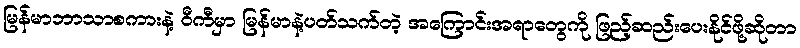
မြန်မာဘာသာစကားနဲ့ ဝီကီမှာ မြန်မာနဲ့ပတ်သက်တဲ့ အကြောင်းအရာတွေကို ဖြည့်ဆည်းပေးနိုင်ဖို့ဆိုတာ